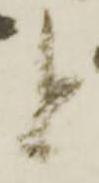
と